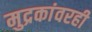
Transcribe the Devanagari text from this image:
मुद्रकांवरही